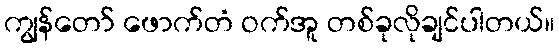
ကျွန်တော် ဖောက်တံ ဝက်အူ တစ်ခုလိုချင်ပါတယ်။